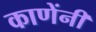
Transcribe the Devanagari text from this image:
काणेंनी